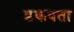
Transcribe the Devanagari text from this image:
डकवता